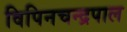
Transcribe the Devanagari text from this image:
विपिनचन्द्रपाल